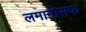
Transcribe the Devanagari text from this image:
लमानोसफ